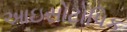
આઇસોટોપિક